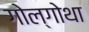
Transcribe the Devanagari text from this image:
गोल्गोथा